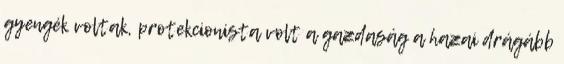
gyengék voltak, protekcionista volt a gazdaság a hazai drágább